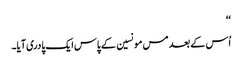
‘‘
اُس کے بعد مس مونسین کے پاس ایک پادری آیا۔